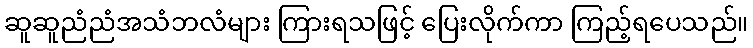
ဆူဆူညံညံအသံဘလံများ ကြားရသဖြင့် ပြေးလိုက်ကာ ကြည့်ရပေသည်။